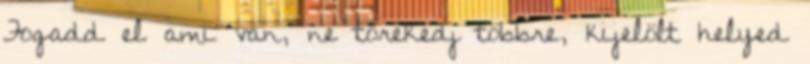
Fogadd el ami van, ne törekedj többre, kijelölt helyed